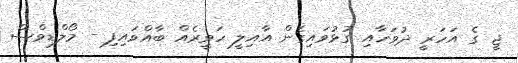
ޖީ ގެ އަހަރީ ދުވަހާއި ގުޅުވައިގެން އާއިލީ ހަވީރެއް ބާއްވައިފި - މޯލްޑިވްސް